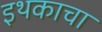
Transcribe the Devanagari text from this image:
इथकाचा